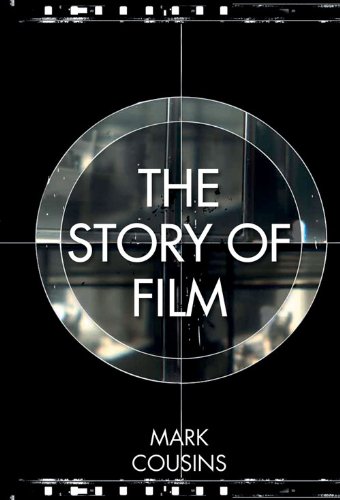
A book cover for The Story of Film; Mark Cousins; Humor & Entertainment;